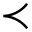
\prec